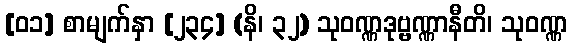
[၀၁] စာမျက်နှာ [၂၃၄] (နိ၊ ၃၂) သုဝဏ္ဏဒုဗ္ဗဏ္ဏာနီတိ၊ သုဝဏ္ဏ